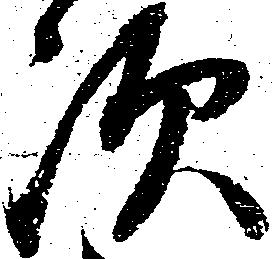
次